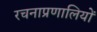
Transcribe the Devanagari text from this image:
रचनाप्रणालियों